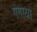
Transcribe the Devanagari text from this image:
गंगायो